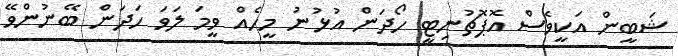
ޝަބީން އަކީވެސް އޮޕޮޗުނިޓީ ހޯދަން އުޅުނު މީހެއް ވީމަ ލަވަ ހަދަން ބޭނުންވޭ